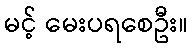
မင့် မေးပရစေဦး။